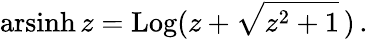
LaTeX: \operatorname{arsinh}z=\operatorname{Log}(z+{\sqrt{z^{2}+1}}\, )\, .